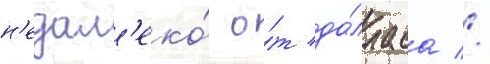
н'едал'еко́ о́т да́лласа //